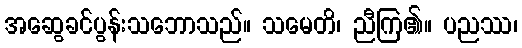
အဆွေခင်ပွန်းသဘောသည်။ သမေတိ၊ ညီကြ၏။ ပညဿ၊